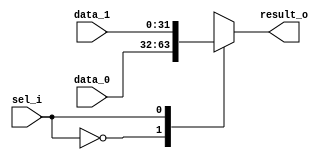
module mux2(
    input    [31:0]         data_0,
    input    [31:0]         data_1,

    input                   sel_i,

    output  reg  [31:0]          result_o
);
    
    always @(*) begin
        case(sel_i)
            1'b0 : result_o = data_0;
            1'b1 : result_o = data_1;
        endcase 
    end
endmodule //mux2